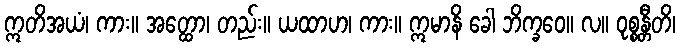
ဣတိအယံ၊ ကား။ အတ္ထော၊ တည်း။ ယထာဟ၊ ကား။ ဣမာနိ ခေါ ဘိက္ခဝေ။ လ။ ဝုစ္စန္တီတိ၊